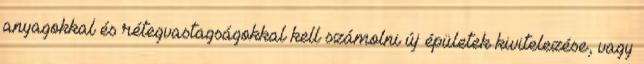
anyagokkal és rétegvastagságokkal kell számolni új épületek kivitelezése, vagy